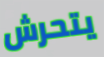
يتحرش